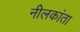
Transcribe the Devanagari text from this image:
नीलकांता